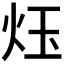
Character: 𪸛